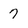
Character: 7